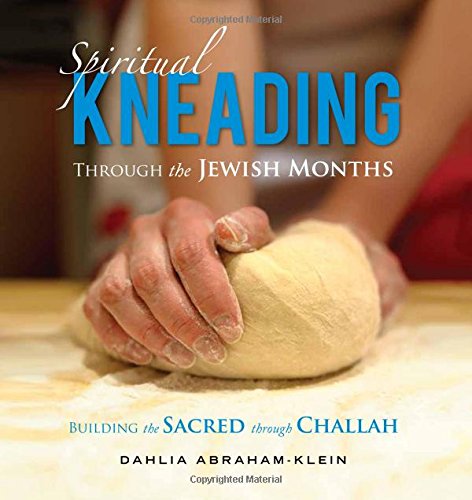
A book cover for Spiritual Kneading through the Jewish Months: Building the Sacred through Challah; Dahlia Abraham-Klein; Cookbooks, Food & Wine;